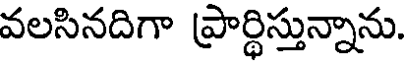
వలసినదిగా ప్రార్థిస్తున్నాను.